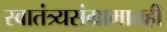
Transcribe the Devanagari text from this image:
स्वातंत्र्यसंग्रामातही